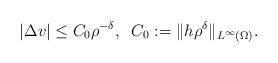
LaTeX: \begin{align*} \vert\Delta v\vert\leq C_0\rho^{-\delta}, \;\; C_0:= \|h\rho^{\delta}\|_{L^{\infty}(\Omega)}.\end{align*}